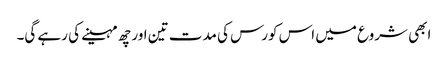
ابھی شروع میں اس کورس کی مدت تین اور چھ مہینے کی رہے گی۔